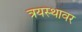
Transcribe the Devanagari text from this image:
त्रयस्थावर